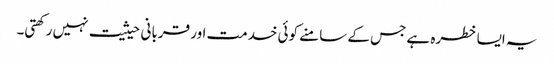
یہ ایسا خطرہ ہے جس کے سامنے کوئی خدمت اور قربانی حیثیت نہیں رکھتی۔